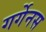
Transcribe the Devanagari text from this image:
गर्गेनस